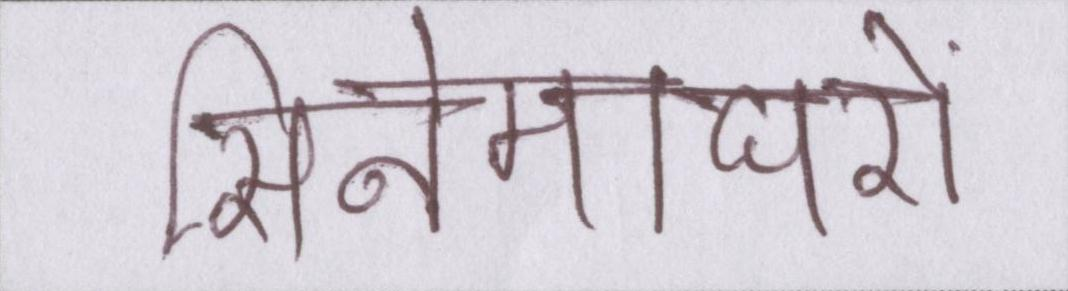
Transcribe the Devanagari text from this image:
सिनेमाघरों